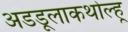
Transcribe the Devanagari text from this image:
अडडूलाकथोल्हू